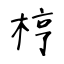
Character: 梈